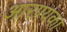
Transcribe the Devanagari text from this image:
आरण्यका